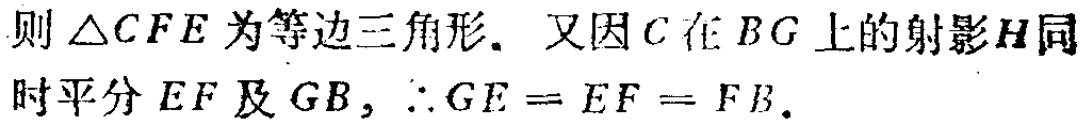
则$\triangle CFE$为等边三角形. 又因$C$在$BG$上的射影$H$同时平分$EF$及$GB$，$\therefore GE = EF = FB$.